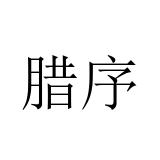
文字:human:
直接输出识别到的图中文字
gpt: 腊序